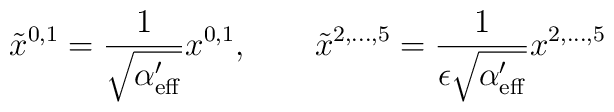
\tilde{x}^{0,1}=\frac{1}{\sqrt{\alpha ^{\prime }_{\rm eff}}}x^{0,1},\qquad \tilde{x}^{2,\ldots,5}=\frac{1}{\epsilon \sqrt{\alpha ^{\prime }_{\rm eff}}}x^{2,\ldots,5}